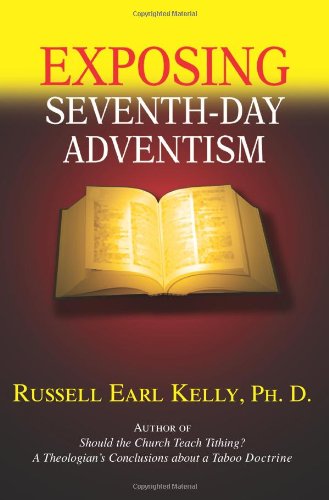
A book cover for Exposing Seventh-day Adventism; Russell Earl Kelly; Christian Books & Bibles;